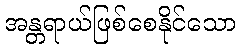
အန္တရာယ်ဖြစ်စေနိုင်သော